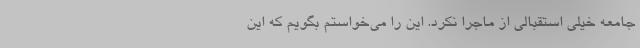
جامعه خیلی استقبالی از ماجرا نکرد. این را می‌خواستم بگویم که این